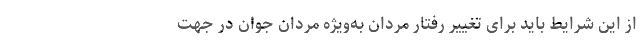
از این شرایط باید برای تغییر رفتار مردان به‌ویژه مردان جوان در جهت